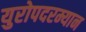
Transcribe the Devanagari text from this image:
युरोपदरम्यान